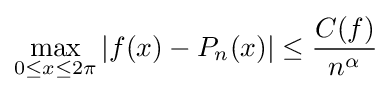
\max _{0\leq x\leq 2\pi }|f(x)-P_{n}(x)|\leq {\frac {C(f)}{n^{\alpha }}}